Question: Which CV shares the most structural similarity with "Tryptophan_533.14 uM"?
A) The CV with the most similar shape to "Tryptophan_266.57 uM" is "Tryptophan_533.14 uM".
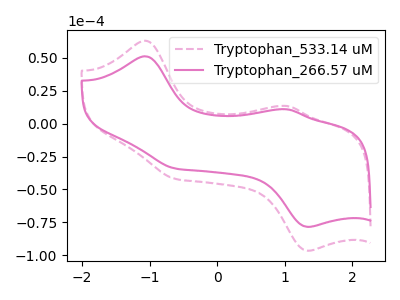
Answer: <think>The pink dashed curve "Tryptophan_533.14 uM" has anodic peaks at (-1.05V, 63.05uA) (1.05V, 13.45uA) and cathodic peaks at (-0.60V, -41.95uA) (1.35V, -96.60uA). The pink curve "Tryptophan_266.57 uM" has anodic peaks at (-1.05V, 51.20uA) (1.05V, 10.90uA) and cathodic peaks at (-0.60V, -34.05uA) (1.35V, -78.45uA).
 All the peaks in "Tryptophan_533.14 uM" have a peak in "Tryptophan_266.57 uM" at the same potential. Every peak in "Tryptophan_533.14 uM" is higher than every peak in "Tryptophan_266.57 uM".</think>
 <answer>A) The CV with the most similar shape to "Tryptophan_266.57 uM" is "Tryptophan_533.14 uM".</answer>
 <eval>A</eval>